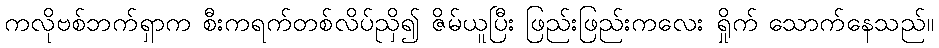
ကလိုဗစ်ဘက်ရှာက စီးကရက်တစ်လိပ်ညှိ၍ ဇိမ်ယူပြီး ဖြည်းဖြည်းကလေး ရှိုက် သောက်နေသည်။